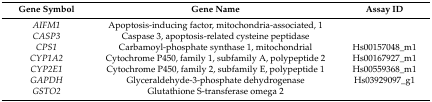
<table><thead><tr><td><b>Gene Symbol</b></td><td><b>Gene Name</b></td><td><b>Assay ID</b></td></tr></thead><tbody><tr><td><i>AIFM1</i></td><td>Apoptosis-inducing factor, mitochondria-associated, 1</td><td>[EMPTY_CELL]</td></tr><tr><td><i>CASP3</i></td><td>Caspase 3, apoptosis-related cysteine peptidase</td><td>[EMPTY_CELL]</td></tr><tr><td><i>CPS1</i></td><td>Carbamoyl-phosphate synthase 1, mitochondrial</td><td>Hs00157048_m1</td></tr><tr><td><i>CYP1A2</i></td><td>Cytochrome P450, family 1, subfamily A, polypeptide 2</td><td>Hs00167927_m1</td></tr><tr><td><i>CYP2E1</i></td><td>Cytochrome P450, family 2, subfamily E, polypeptide 1</td><td>Hs00559368_m1</td></tr><tr><td><i>GAPDH</i></td><td>Glyceraldehyde-3-phosphate dehydrogenase</td><td>Hs03929097_g1</td></tr><tr><td><i>GSTO2</i></td><td>Glutathione S-transferase omega 2</td><td>[EMPTY_CELL]</td></tr></tbody></table>